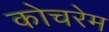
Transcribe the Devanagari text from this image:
कोचरेम